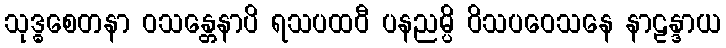
သုဒ္ဓစေတနာ ဝသန္တေနာပိ ရသပထဝီ ပနညမ္ပိ ဝိသပဝေသနေ နာဠန္ဒာယ